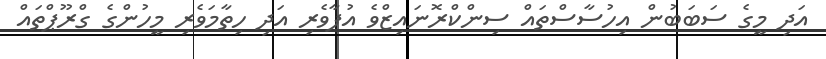
އަދި މީގެ ސަބަބުން އިހުސާސްތައް ސިންކްރޮނައިޒްވެ އުފާވެރި އަދި ހިތާމަވެރި މީހުންގެ ގްރޫޕްތައް